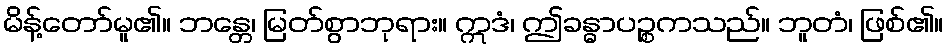
မိန့်တော်မူ၏။ ဘန္တေ၊ မြတ်စွာဘုရား။ ဣဒံ၊ ဤခန္ဓာပဉ္စကသည်။ ဘူတံ၊ ဖြစ်၏။